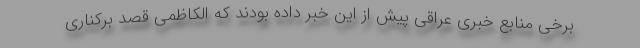
برخی منابع خبری عراقی پیش از این خبر داده بودند که الکاظمی قصد برکناری